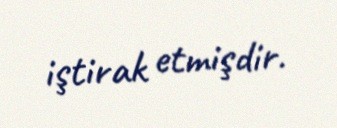
iştirak etmişdir.